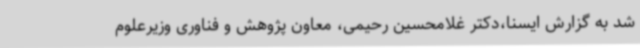
شد به گزارش ایسنا،دکتر غلامحسین رحیمی، معاون پژوهش و فناوری وزیرعلوم